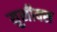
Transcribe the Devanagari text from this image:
युनीक्स